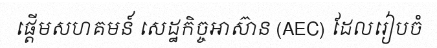
ផ្តើមសហគមន៍ សេដ្ឋកិច្ចអាស៊ាន (AEC) ដែលរៀបចំ